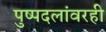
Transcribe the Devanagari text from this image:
पुष्पदलांवरही